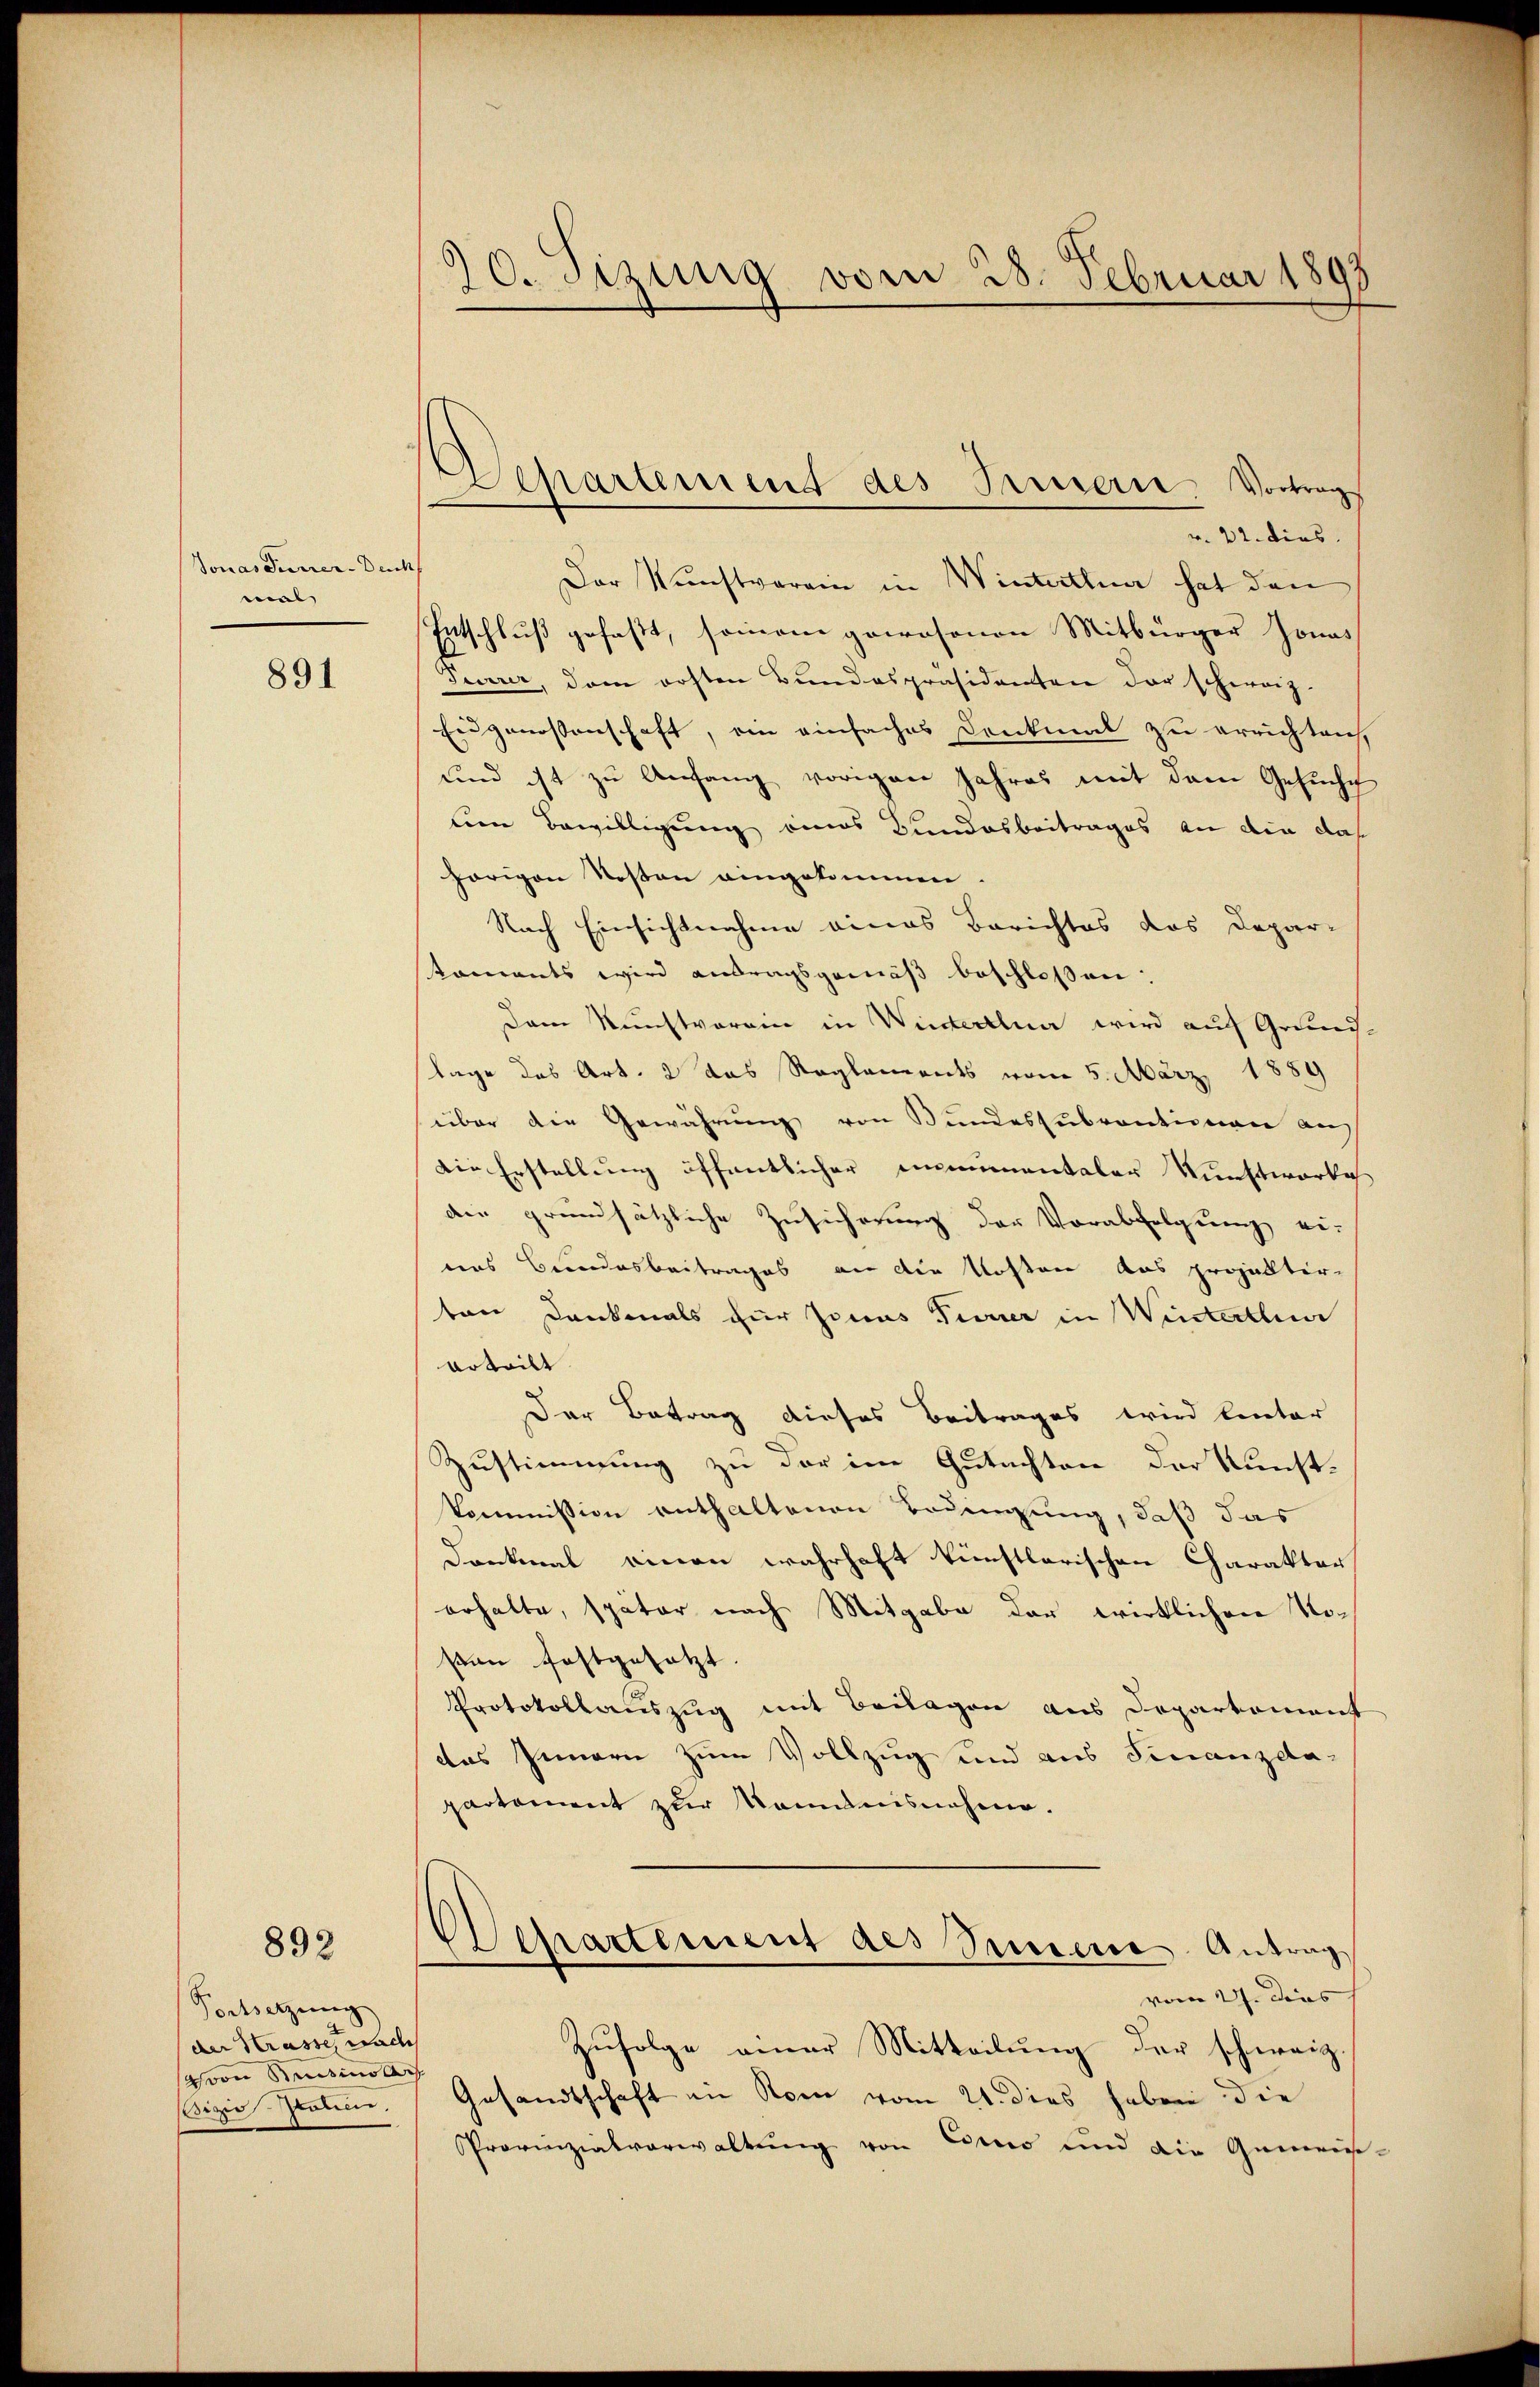
Jonas Furrer-Deuch
mal

891

892

Fortsetzung
der Krasse nach
von Sentino ach
izio Salien.

90. Sizung vom 28. Februar 1898

v. 22. dies
Der Kunstverein in Winterthun hat den
Entschluß gefaßt, seinem pecosonen Mitbürger Jonas
Seerer, dem ersten Bundespräsidenten der schweiz.
Eidgenossenschaft, ein einfaches Denkmal zu errichten,
und ist zu Anfang vorigen Jahres mit dem Gesucht
tion Bewilligung eines Bundesbeitrages an den das
hörigen Kosten eingekommen.
Nach Einsichtnahme eines Berichtes das Depar-
koments wird antragsgemäß beschlossen:
Dem Kunstverain in Winterthun wird auf Grundlage des Art. 2 das Reglements vom 5. März 1889
über die Gewährŭng von Bŭndessŭbventionen an
Die Erstellung öffentlicher immentaler Kunstworte
die grundsätzliche Zusicherung der Verabfolgung ei-
eas Bundesbeitrages an die Kosten das propalter-
ban Dankmals für Jonas Tierer in Winterthun
erteilt.
Der Betrag dieses Beitrages wird linter
Zustimmung zu der im Gutachten der Kunst-
Commission enthaltenen Bedingung, daß das
Denkmal einen wahrhaft künstlerischen Charakter
erhalte, spater nach Mitgabe der wirklichen Nosan festgesetzt
Protokollauszug mit Beilagen aus Departement
das Innern zum Vollzug und aus Finanzelapartement zur Kenntnisnahme.
Departement als Semmene Antrag
vom 27. Dies |
Zŭfolge einer Mitteilung der schweiz.
Gesandtschaft in Rom vom 21. dies haben die
Provinzialverwaltung von Corno und ain Gemein-

Separtement des Baiern. Vortrag